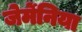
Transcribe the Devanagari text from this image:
जेर्मेनिया